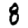
Digit: 8